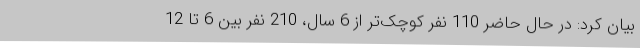
بیان کرد: در حال حاضر 110 نفر کوچک‌تر از 6 سال، 210 نفر بین 6 تا 12